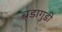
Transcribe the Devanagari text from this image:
बडागुडी